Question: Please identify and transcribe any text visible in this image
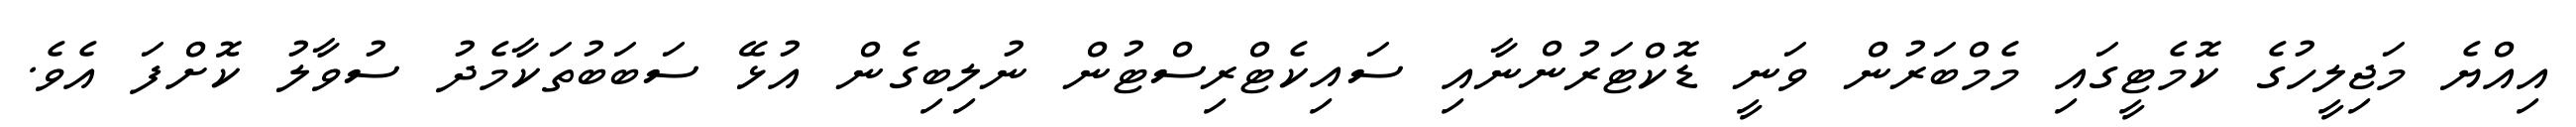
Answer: އިއްޔެ މަޖިލީހުގެ ކޮމެޓީގައި މެމްބަރުން ވަނީ ޑޮކްޓަރުންނާއި ސައިކެޓްރިސްޓުން ނުލިބިގެން އުޅޭ ސަބަބުތަކާމެދު ސުވާލު ކޮށްފަ އެވެ.